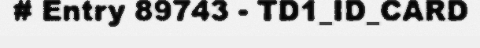
# Entry 89743 - TD1_ID_CARD